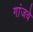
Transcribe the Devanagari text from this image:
गांजवे